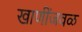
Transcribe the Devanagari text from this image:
खाणींजवळ